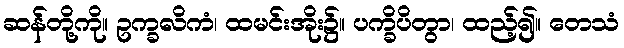
ဆန်တို့ကို။ ဥက္ခလိကံ၊ ထမင်းအိုး၌။ ပက္ခိပိတွာ၊ ထည့်၍။ တေသံ